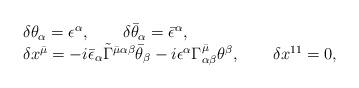
LaTeX: \begin{align*}\begin{array}{l}\delta\theta_\alpha=\epsilon^\alpha, \qquad \delta\bar\theta_\alpha=\bar\epsilon^\alpha,\\\delta x^{\bar\mu}=-i\bar\epsilon_\alpha \tilde\Gamma^{\bar\mu\alpha\beta}\bar\theta_\beta-i\epsilon^\alpha\Gamma^{\bar\mu}_{\alpha\beta}\theta^\beta, \qquad \delta x^{11}=0,\end{array}\end{align*}